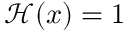
{ \mathcal H } ( x ) = 1